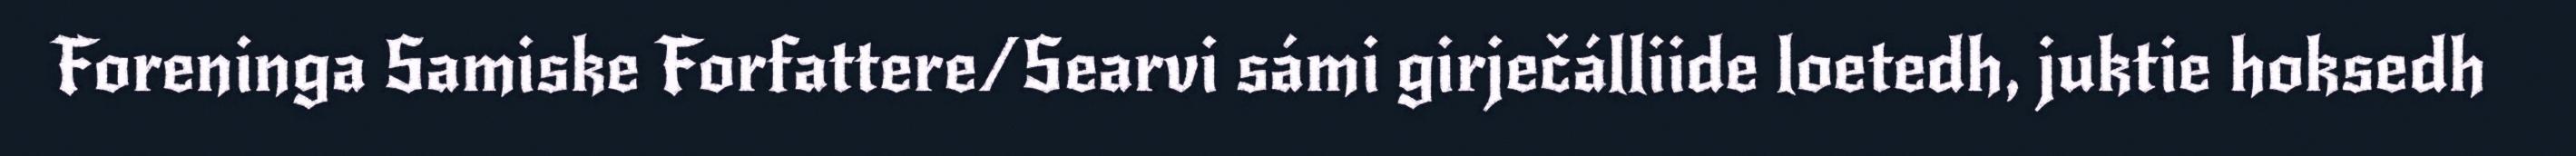
Foreninga Samiske Forfattere/Searvi sámi girječálliide loetedh, juktie hoksedh